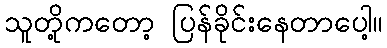
သူတို့ကတော့ ပြန်ခိုင်းနေတာပေါ့။